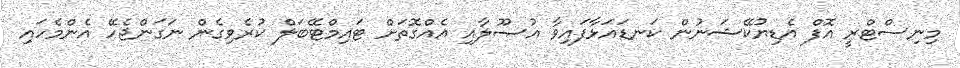
މިނިސްޓްރީ އޮފް އެޑިޔުކޭޝަނުން ކަނޑައަޅާފައިވާ އުޞޫލާއި އެއްގޮތަށް ޓައިމްޓޭބަލް ކުރެވިގެން ނަގަންޖެހޭ އެންމެހައި